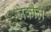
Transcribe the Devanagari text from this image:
जेकील